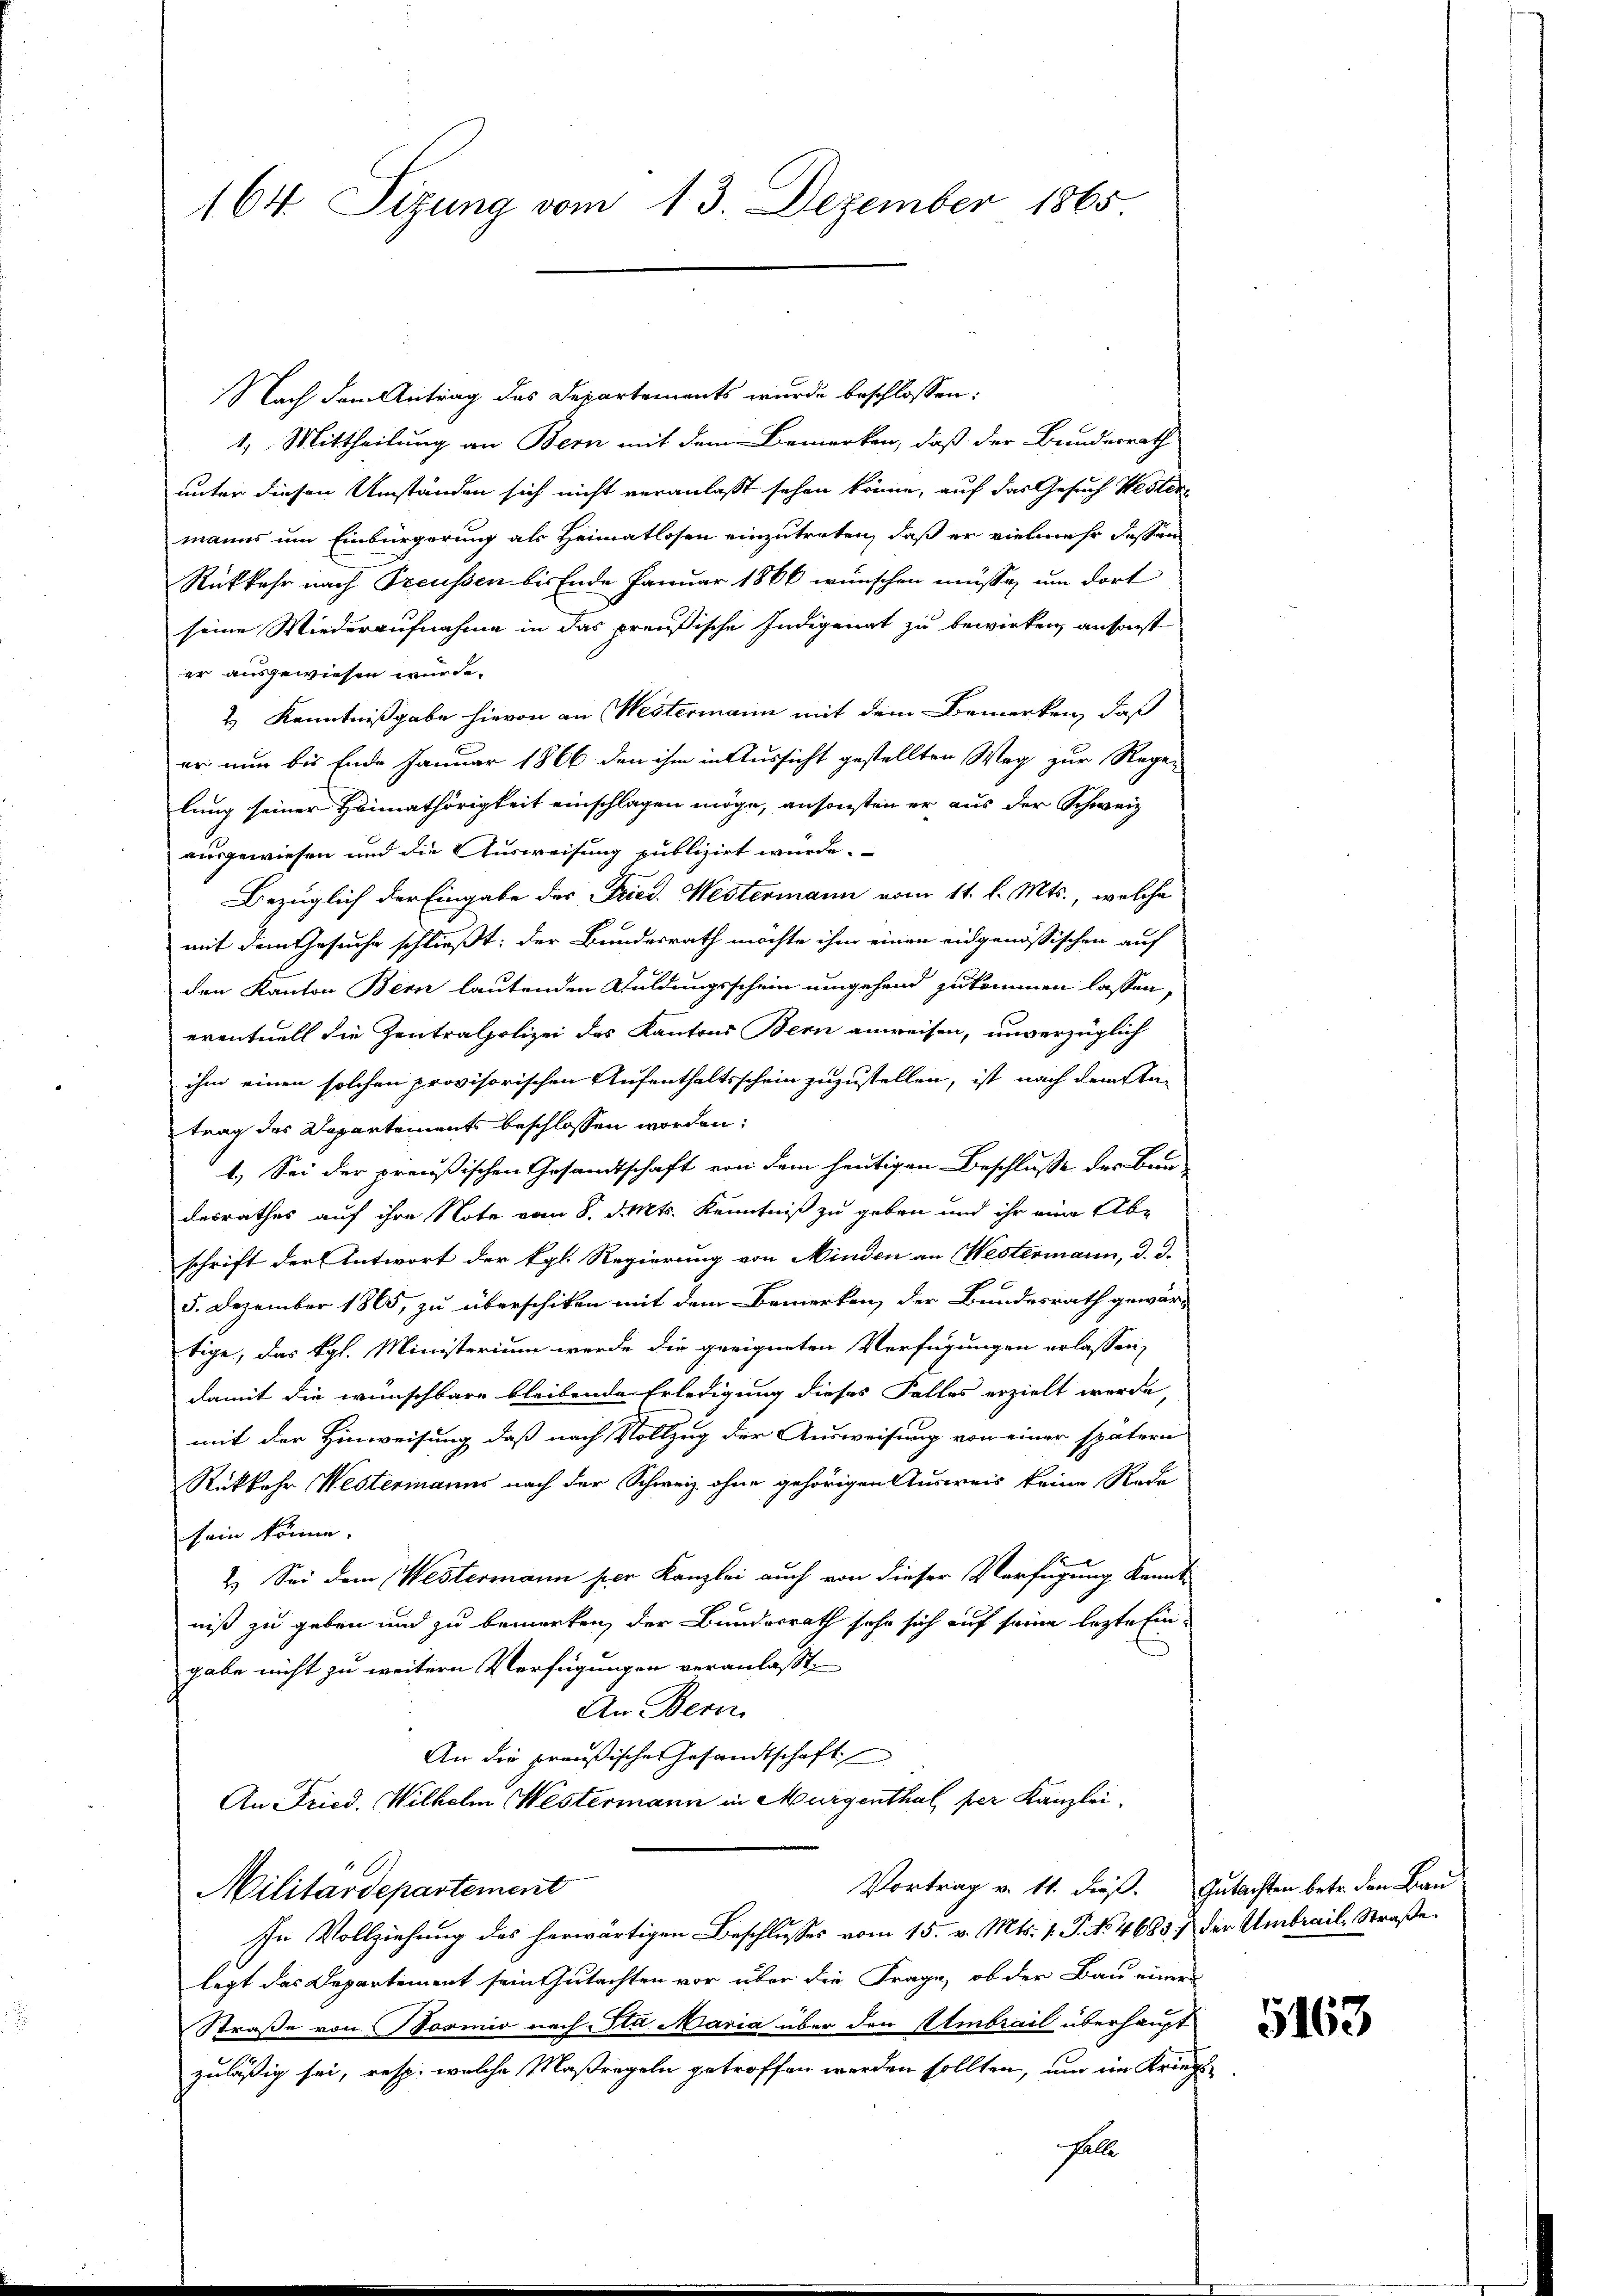
164 Sizung vom 13. Dezember 1865

Nach dem Antrag des Departements wurde beschlossen:
1.) Mittheilung an Bern mit dem Bemerken, daß der Bundesrath
unter diesen Umständen sich nicht veranlaßt sehen könne, auf das Gesuch Wester
manns um Einbürgerung als Heimatlosen einzutreten, daß er vielmehr dessen
Rükkehr nach Treussen bis Ende Januar 1866 wünschen müsse, um dort
seine Wiederaufnahme in das preußische Indigenat zu bewirken, ansonst
er ausgewiesen würde.
& Kenntnißgabe hievon an Westermann mit dem Bemerken, daß
er nun bis Ende Januar 1866 den ihm in Aussicht gestellten Weg zur Regen
lung seiner Heimathörigkeit einschlagen möge, ansonsten er aus der Schweiz
ausgewiesen und die Ausweisung publizirt wurde.
Bezüglich der Eingabe des Fried. Westermann vom 11. l. Mts., welche
mit dem Gesuche schließt: der Bundesrath möchte ihm einen eidgenössischen auf
den Kanton Bern lautenden Guldungsschein umgehend zukommen lassen,
eventuell die Zentralpolizei des Kantons Bern anweisen, unverzüglich
ihm einen solchen provisorischen Aufenthaltsschein zuzustellen, ist nach dem Antrag des Dapartements beschlossen worden.
1. Sei der preußischen Gesandtschaft von dem heutigen Beschlusse der Bundesrathes auf ihre Note vom 8. d. Mts. Kenntniß zu geben und ihr eine Abe
schrift der Antwort der kgl. Regierung von Minden an Westermann, d. d.
5. Dezember 1865, zu überschiken mit dem Bemerken, der Bundesrath gewär-
tige, das Kgl. Ministerium werde die geeigneten Verfügungen erlassen,
damit die wünschbare bleibende Erledigung dieses Falles erzielt werde,
mit der Hinweisung, daß nach Vollzug der Ausweisung von einer spätern
Rükkehr Westermanns nach der Schweiz ohne gehörigen Ausweis keine Rede
sein könne.
2.) Sei dem Westermann hier Kanzlei auch von dieser Verfügung Kennt
niß zu geben und zu bemerken, der Bundesrath sehr sich auf seine letzte Eingabe nicht zu weitern Verfügungen veranlasst
An Bern.
An die preußische Gesandtschaft
An Fried. Wilhelm Westermann in Mürgenthal, per Kanzlei,
Vortrag v. 11. dieß. Gutachten betr. den Bau
Militärdepartement
In Vollziehung des herwärtigen Beschlusses vom 15. v. Mts. 1. P. No. 4683 :/ der Umbrail-Straße.
legt das Departement sein Gutachten vor über die Frage, ob der Bau einer
Straße von Vosmio nach Sta Maria über den Embrail überhaupt
zuläßig sei, resp. welche Maßregeln getroffen werden sollten, um im Kriegs¬
Falle

5163